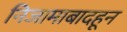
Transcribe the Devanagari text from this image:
निजामाबादहून